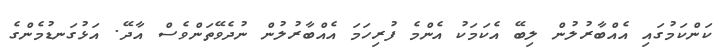
ކަންކަމުގައި އެއްބާރުލުން ލިބޭ އެކަމަކު އެންމެ ފުރިހަމަ އެއްބާރުލުން ނުދެވޭތަންވެސް އާދޭ. އަޅުގަނޑުމެންގެ